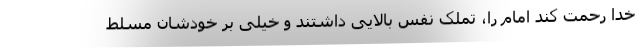
خدا رحمت کند امام را، تملک نفس بالایی داشتند و خیلی بر خودشان مسلط